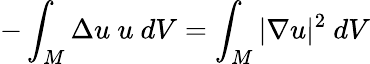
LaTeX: -\int_{M}\Delta u\ u\ dV=\int_{M}|\nabla u|^{2}\ dV